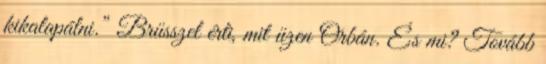
kikalapálni.” Brüsszel érti, mit üzen Orbán. És mi? Tovább